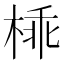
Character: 𣔪